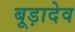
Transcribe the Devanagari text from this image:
बूड़ादेव